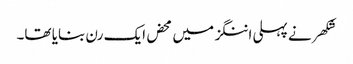
شکھر نے پہلی اننگز میں محض ایک رن بنایا تھا۔